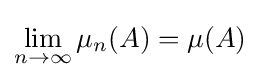
\lim _{n\to \infty }\mu _{n}(A)=\mu (A)